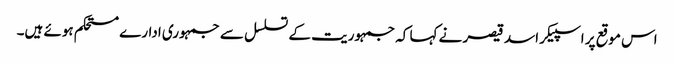
اس موقع پر اسپیکر اسد قیصر نے کہا کہ جمہوریت کے تسلسل سے جمہوری ادارے مستحکم ہوئے ہیں۔